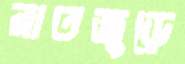
রাতজুড়ে